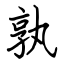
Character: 孰